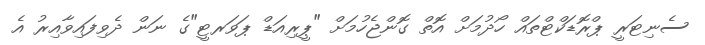
ސެނިޓަރީ ޕްރޮޑަކްޓްތައް ހޯދުމަށް އޮތް ގޮންޖެހުމަށް "ޕީރިއަޑް ޕަވަރޓީ"ގެ ނަން ދެވިފައިވާއިރު އެ